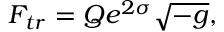
F _ { t r } = Q e ^ { 2 \sigma } \sqrt { - g } ,